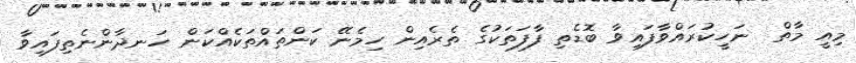
މިއީ މާތް  ނަހީކުރައްވާފައިވާ ބޮޑެތި ފާފަތަކުގެ ތެރެއިން ހިމެނޭ ކަންތައްތަކެއްކަން ހަނދާންނެތިފައިވާ